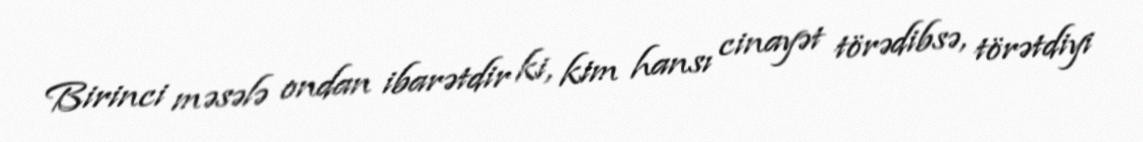
Birinci məsələ ondan ibarətdir ki, kim hansı cinayət törədibsə, törətdiyi